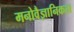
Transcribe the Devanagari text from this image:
मनोवैज्ञानिकता